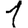
Digit: 1